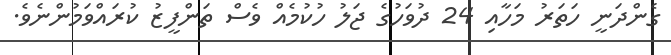
ގެންދަނީ ހަތަރު މަހާއި 24 ދުވަހުގެ ޖަލު ހުކުމެއް ވެސް ތަންފީޒު ކުރައްވަމުންނެެވެ.